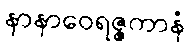
နာနာဝေရဇ္ဇကာနံ